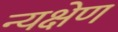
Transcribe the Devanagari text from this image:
न्यक्षेण